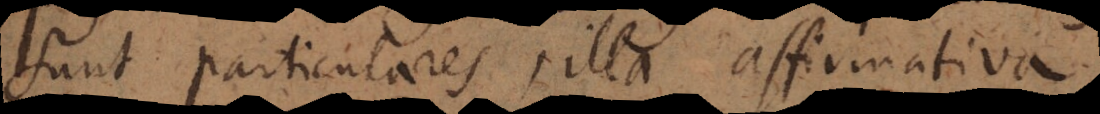
sunt particulares, illa affirmativa,